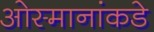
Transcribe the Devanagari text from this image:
ओस्मानांकडे